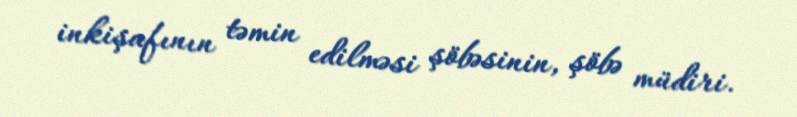
inkişafının təmin edilməsi şöbəsinin, şöbə müdiri.